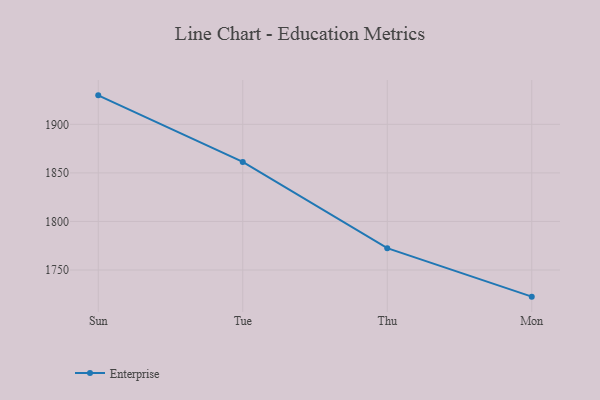
{"axis": {"x": "Day", "y": "Inventory Turnover"}, "legend": ["Enterprise"], "data": [{"x": "Sun", "y": 1929.8, "type": "Enterprise"}, {"x": "Tue", "y": 1861.3, "type": "Enterprise"}, {"x": "Thu", "y": 1772.5, "type": "Enterprise"}, {"x": "Mon", "y": 1722.6, "type": "Enterprise"}]}